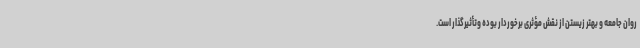
روان جامعه و بهتر زیستن از نقش مؤثری برخوردار بوده وتأثیرگذار است.